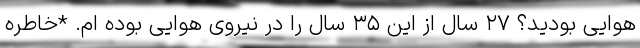
هوایی بودید؟ ۲۷ سال از این ۳۵ سال را در نیروی هوایی بوده ام. *خاطره